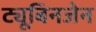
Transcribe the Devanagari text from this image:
ट्यूबिनजेन